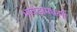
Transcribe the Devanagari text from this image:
भावंडांमधली